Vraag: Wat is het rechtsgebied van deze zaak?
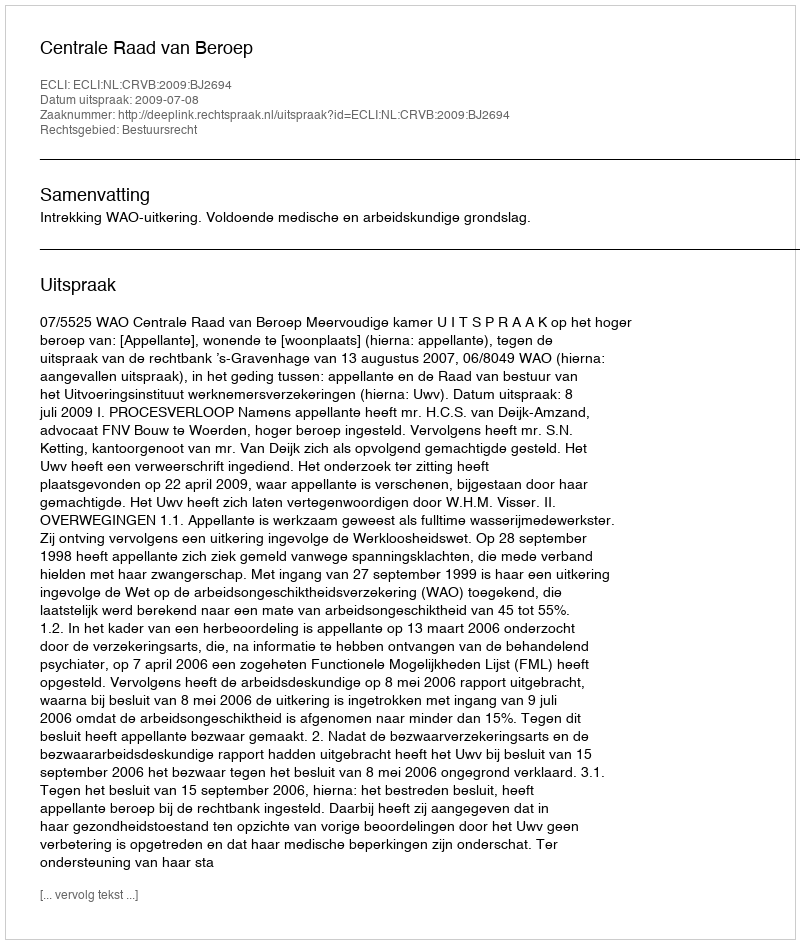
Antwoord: Bestuursrecht